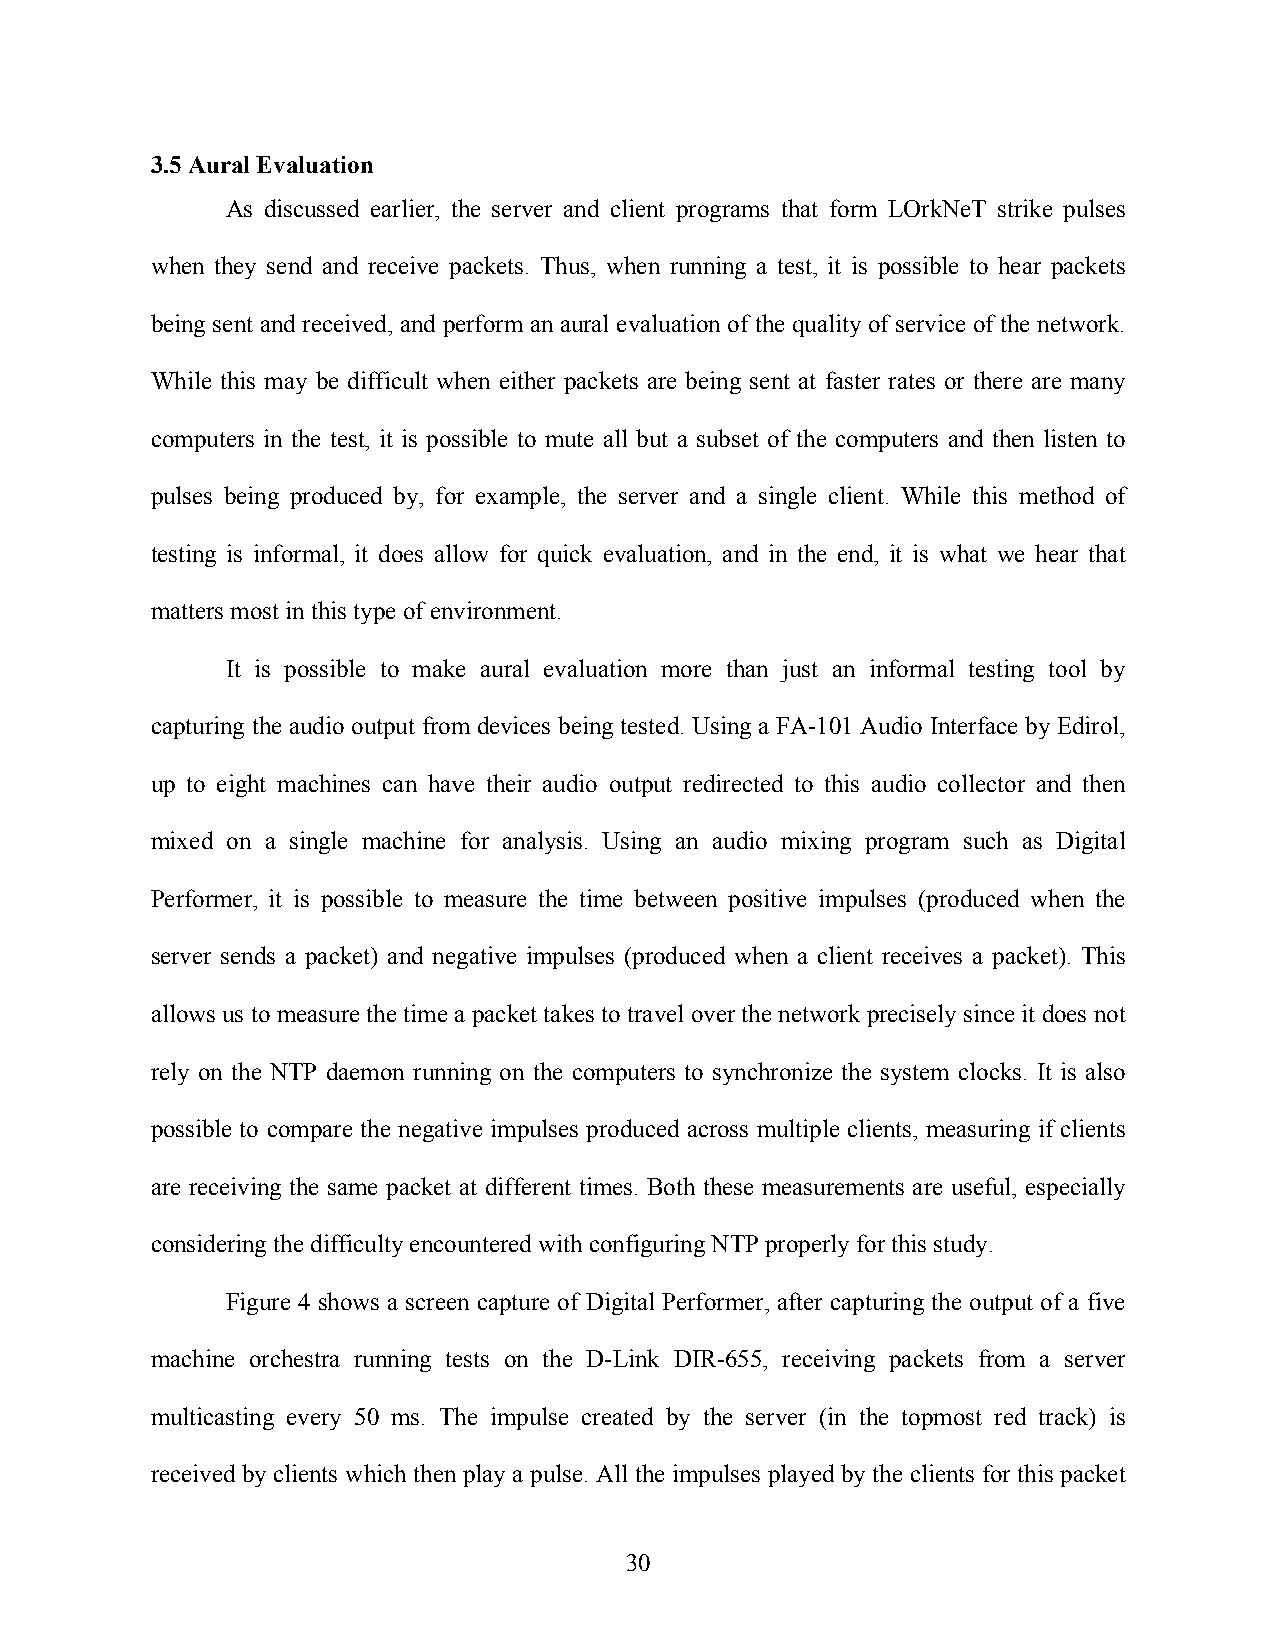
3.5 Aural Evaluation
 As discussed earlier, the server and client programs that form LOrkNeT strike pulses
 when they send and receive packets. Thus, when running a test, it is possible to hear packets
 being sent and received, and perform an aural evaluation of the quality of service of the network.
 While this may be difficult when either packets are being sent at faster rates or there are many
 computers in the test, it is possible to mute all but a subset of the computers and then listen to
 pulses being produced by, for example, the server and a single client. While this method of
 testing is informal, it does allow for quick evaluation, and in the end, it is what we hear that
 matters most in this type of environment.
 It is possible to make aural evaluation more than just an informal testing tool by
 capturing the audio output from devices being tested. Using a FA-101 Audio Interface by Edirol,
 up to eight machines can have their audio output redirected to this audio collector and then
 mixed on a single machine for analysis. Using an audio mixing program such as Digital
 Performer, it is possible to measure the time between positive impulses (produced when the
 server sends a packet) and negative impulses (produced when a client receives a packet). This
 allows us to measure the time a packet takes to travel over the network precisely since it does not
 rely on the NTP daemon running on the computers to synchronize the system clocks. It is also
 possible to compare the negative impulses produced across multiple clients, measuring if clients
 are receiving the same packet at different times. Both these measurements are useful, especially
 considering the difficulty encountered with configuring NTP properly for this study.
 Figure 4 shows a screen capture of Digital Performer, after capturing the output of a five
 machine orchestra running tests on the D-Link DIR-655, receiving packets from a server
 multicasting every 50 ms. The impulse created by the server (in the topmost red track) is
 received by clients which then play a pulse. All the impulses played by the clients for this packet
 30